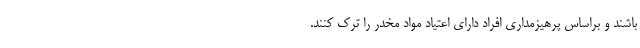
باشند و براساس پرهیزمداری افراد دارای اعتیاد مواد مخدر را ترک کنند.